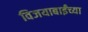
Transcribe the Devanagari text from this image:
विजयाबाईंच्या